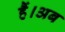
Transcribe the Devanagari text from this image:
हैं।अब